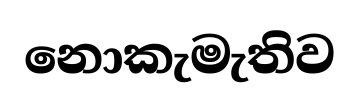
නොකැමැතිව